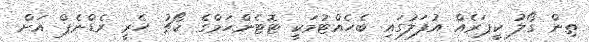
ތިން ގޯލު ކީޕަރެއް އުފަލުގައި ބެހެއްޓުމަކީ ޓޮޓެންހަމްގެ ކޯޗު ހެރީ ރެޑްނެޕް އަށް